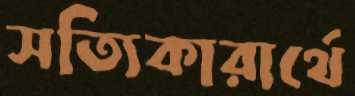
সত্যিকারার্থে